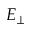
E _ { \perp }